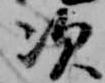
次